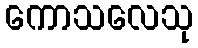
ကောသလေသု